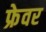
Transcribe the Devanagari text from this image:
फ्रेवर